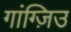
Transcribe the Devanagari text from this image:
गांग्ज़िउ